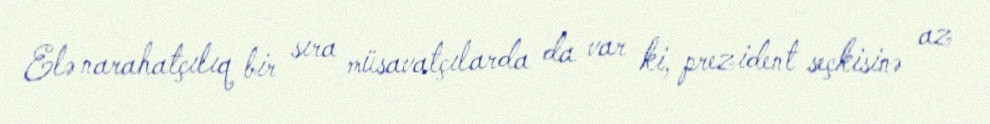
Elə narahatçılıq bir sıra müsavatçılarda da var ki, prezident seçkisinə az